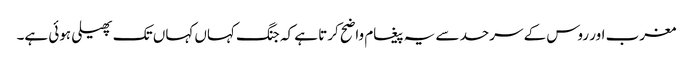
مغرب اور روس کے سرحد سے یہ پیغام واضح کرتا ہے کہ جنگ کہاں کہاں تک پھیلی ہوئی ہے۔